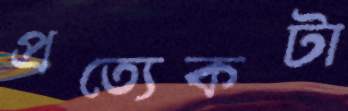
প্রত্যেকটা